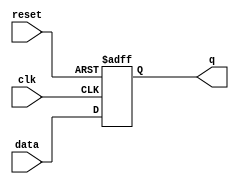
module positive_negative_ff (
    input wire clk,
    input wire reset,
    input wire data,
    output reg q
);

always @(posedge clk or negedge reset) begin
    if (!reset) begin
        q <= 0;
    end else begin
        q <= data;
    end
end

endmodule